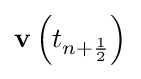
\mathbf {v} \left(t_{n+{\frac {1}{2}}}\right)